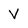
Character: V